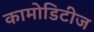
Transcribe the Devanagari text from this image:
कामोडिटीज